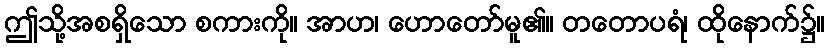
ဤသို့အစရှိသော စကားကို။ အာဟ၊ ဟောတော်မူ၏။ တတောပရံ၊ ထိုနောက်၌။